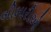
બીમારીઓ